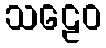
သဠေဝ